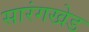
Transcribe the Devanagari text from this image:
सारंगखेड